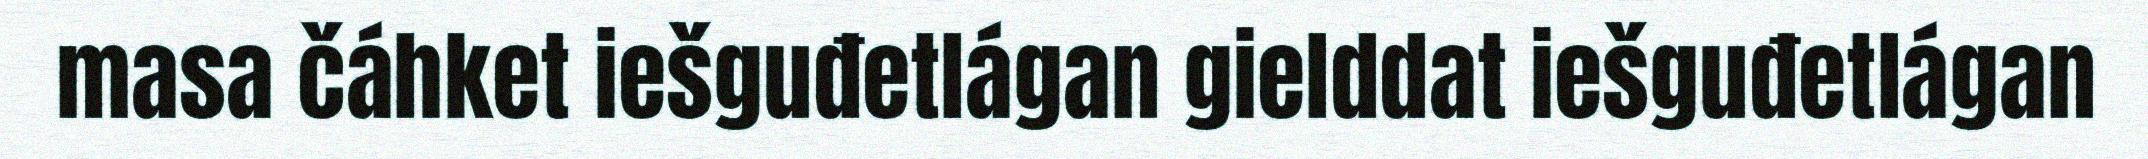
masa čáhket iešguđetlágan gielddat iešguđetlágan